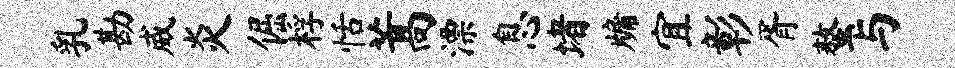
乳勘威炎倔桴恬蒿漂息堵牖宜彰胥螯与